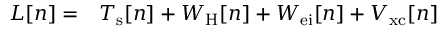
\begin{array} { r l } { L [ n ] = } & { { } T _ { \mathrm { s } } [ n ] + W _ { \mathrm { H } } [ n ] + W _ { \mathrm { e i } } [ n ] + V _ { \mathrm { x c } } [ n ] } \end{array}